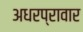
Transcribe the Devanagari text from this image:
अधरप्रावार